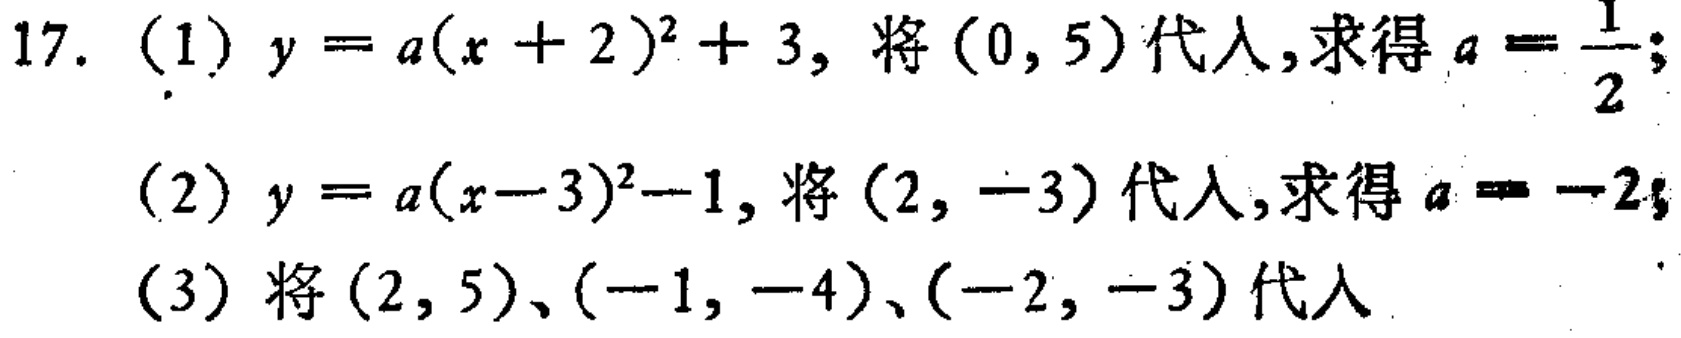
17. (1) \(y = a(x + 2)^{2}+3\), 将\((0,5)\)代入,求得\(a=\frac{1}{2}\);

(2) \(y = a(x - 3)^{2}-1\), 将\((2,-3)\)代入,求得\(a = - 2\);

(3) 将\((2,5)\)、\((-1,-4)\)、\((-2,-3)\)代入